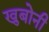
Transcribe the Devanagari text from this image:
खुबोनी